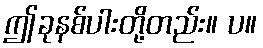
ဤခုနစ်ပါးတို့တည်း။ ပ။